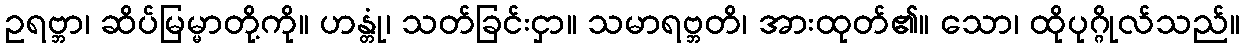
ဥရဗ္ဘာ၊ ဆိပ်မြမ္မာတို့ကို။ ဟန္တုံ၊ သတ်ခြင်းငှာ။ သမာရဗ္ဘတိ၊ အားထုတ်၏။ သော၊ ထိုပုဂ္ဂိုလ်သည်။